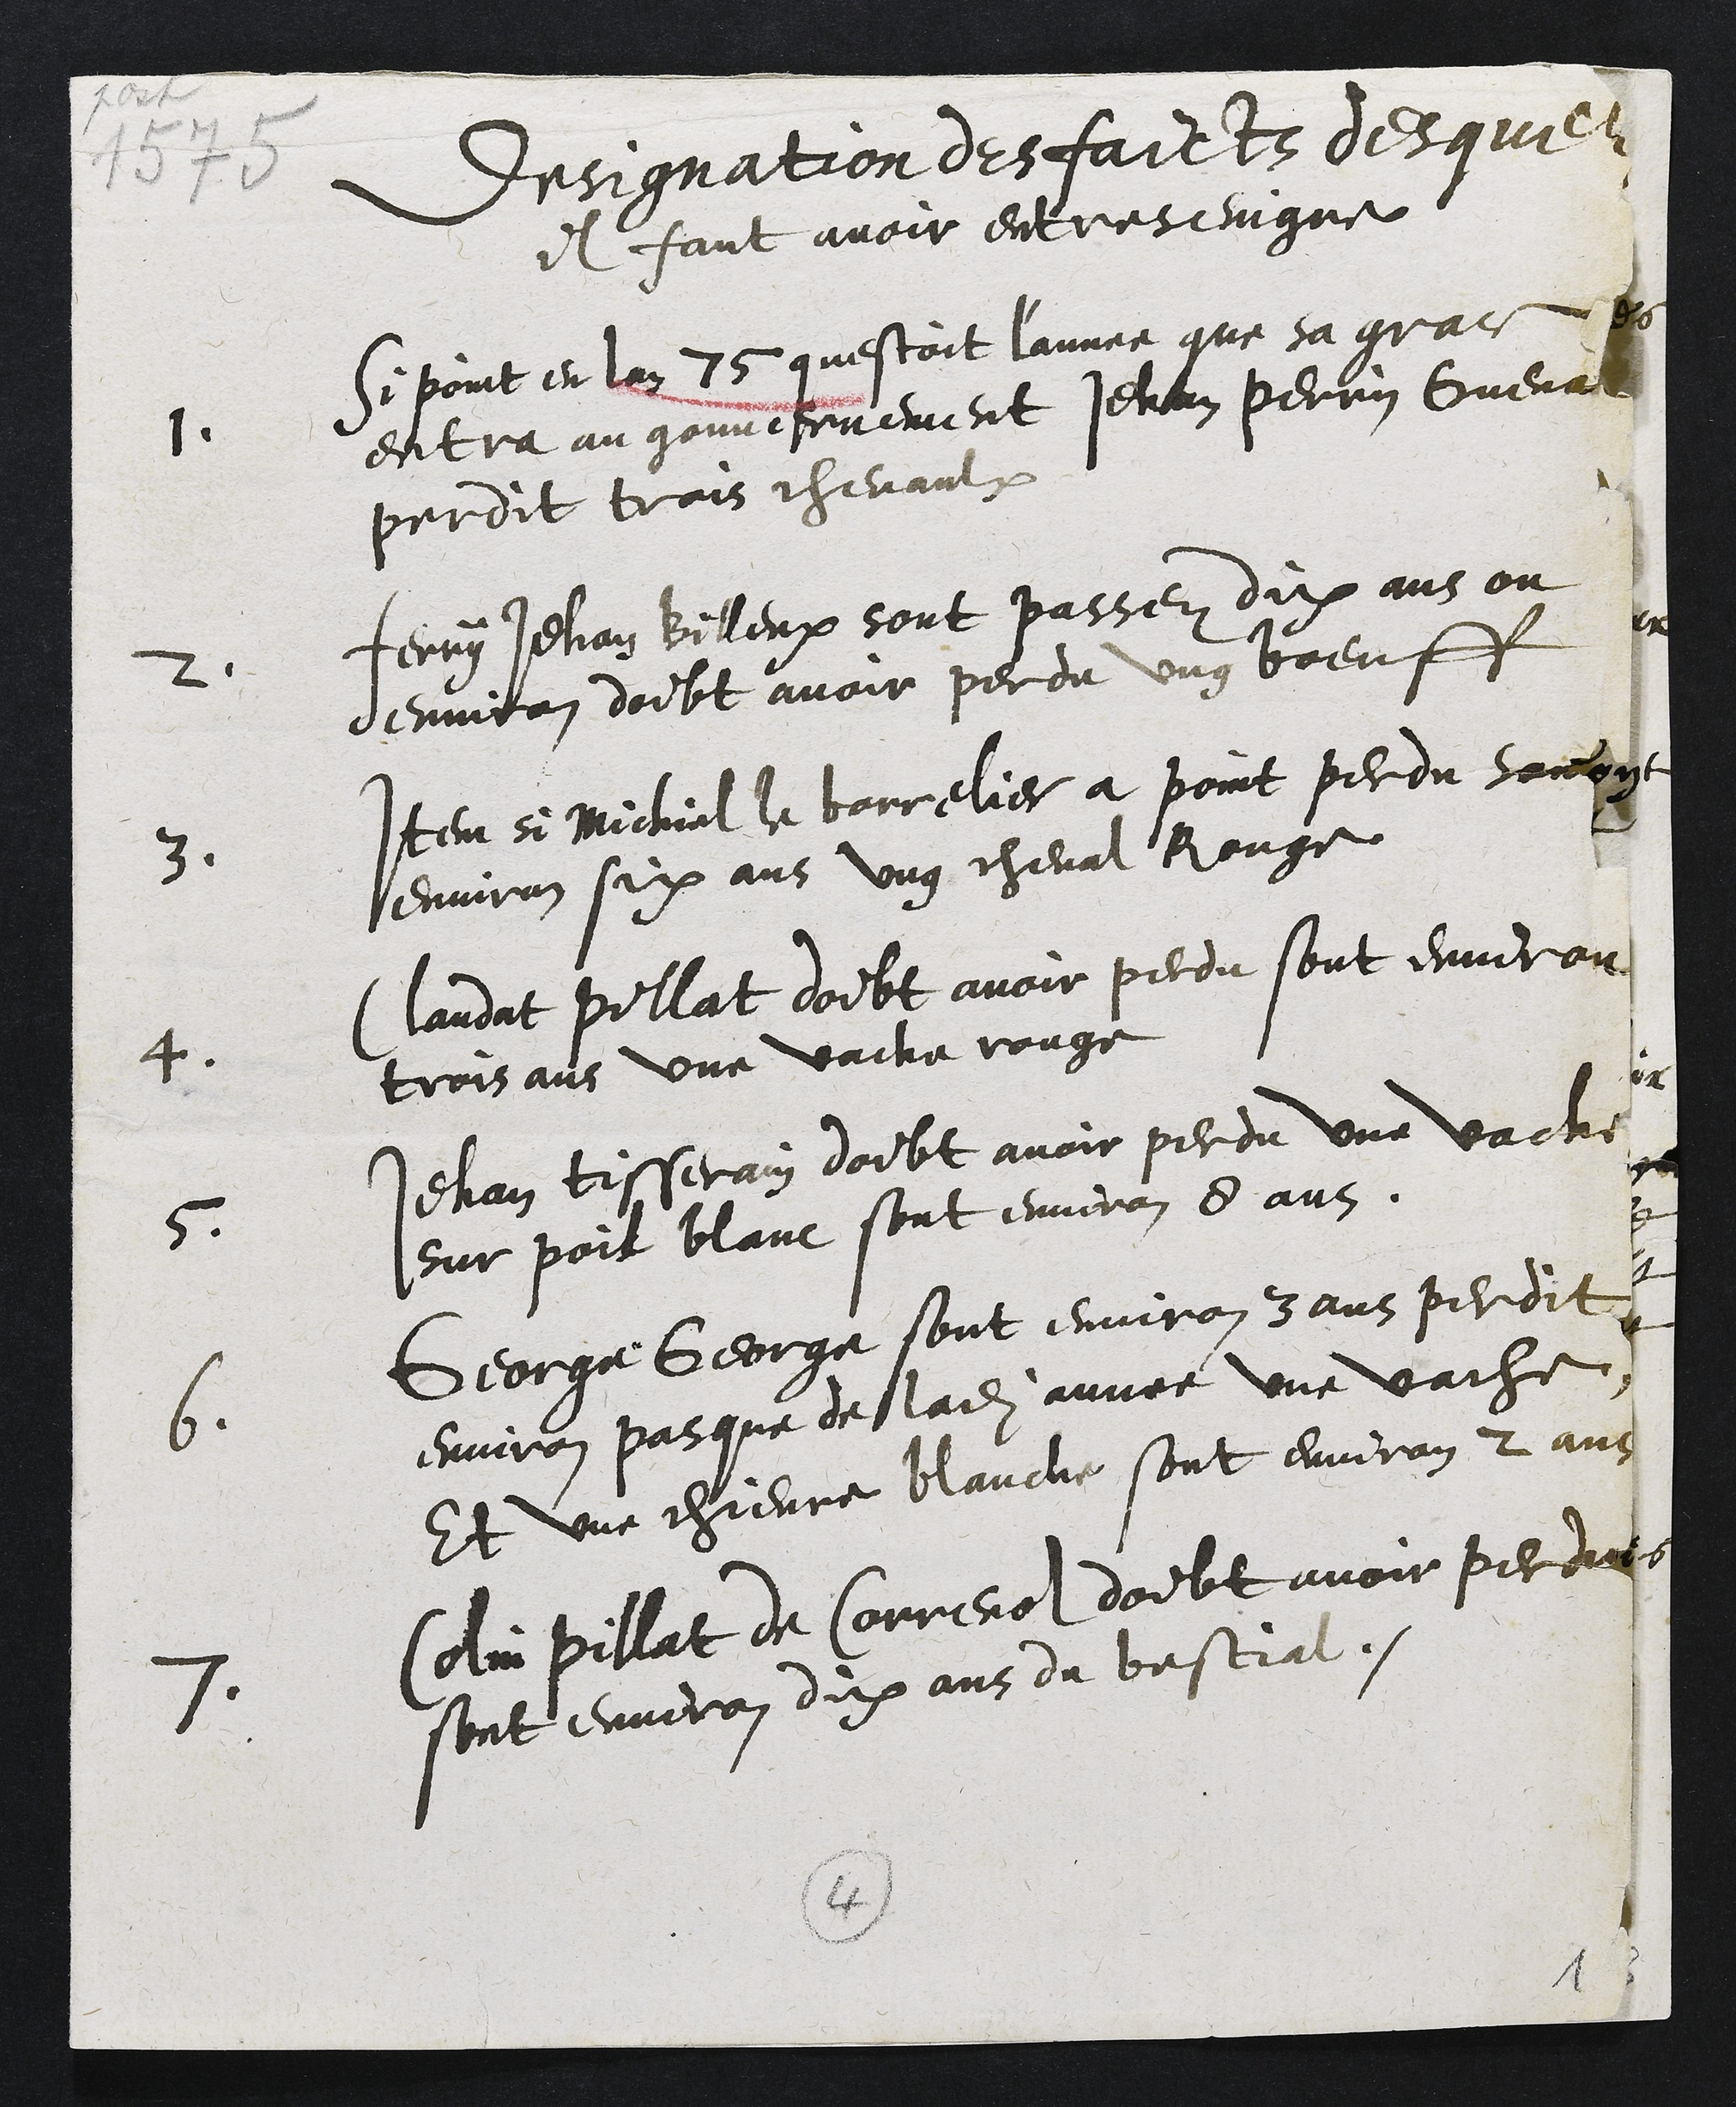
Designation des faicts desquelz
il faut avoir entreseingne
1
Si point en lan 75 questoit l'annee que sa grace
entra au gouvernement Jehan Perrin Guenat
perdit trois chevaulx
2
Ferry Jehan Billeux sont passez dix ans ou
environ doibt avoir perdu ung boeuff
3.
Item si Michiel borrelier a point perdu sont
environ six ans ung cheval Rouge
4
Claudat Pillat doibt avoir perdu sont environ
trois ans une vache rouge
5
Jehan tisserain doibt avoir perdu une vache
sur poil blanc sont environ 8 ans
6.
George George sont environ 3 ans perdit
environ pasque de ladite annee une vache,
Et une chievre blanche sont environ 2 ans
7
Colin Pillat de Correnol doibt avoir perdu
sont environ dix ans du bestial.
1